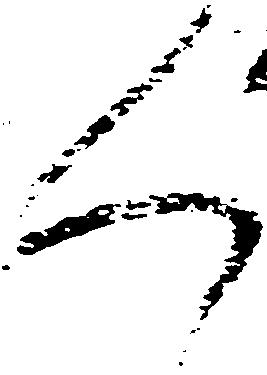
人